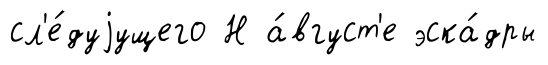
сл'е́дуjущего Н а́вгуст'е эска́дры